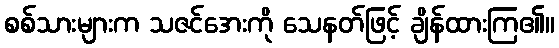
စစ်သားများက သဇင်အေးကို သေနတ်ဖြင့် ချိန်ထားကြ၏။